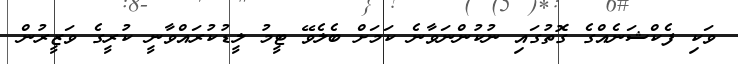
ވަކި ފެކްޝަނެއްގެ ގޮތުގައި ނުކުންނަވާނެ ކަމަށް ބެލެވޭ ޓީމު ލީޑުކުރައްވާނީ ކުރީގެ ވަޒީރުން